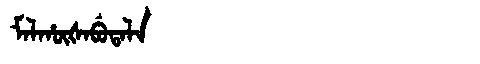
Manchu: ᠮᠠᠯᡥᡡᡧᠠᠪᡠᡨᠠᠯᠠ
Romanization: MALHŪŠABUTALA